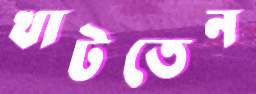
খাটতেন